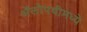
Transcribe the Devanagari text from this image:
अॅलोपथीमध्ये